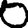
Digit: 0